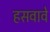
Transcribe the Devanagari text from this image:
हसवावे